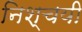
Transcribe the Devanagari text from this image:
निश्‍चयी